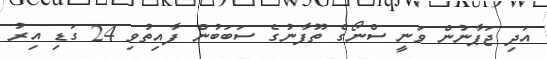
އަދި ޖަޕާނުން ވަނީ ސްނޯގެ ތޫފާނުގެ ސަބަބުން ފާއިތުވި 24 ގަޑި އިރު